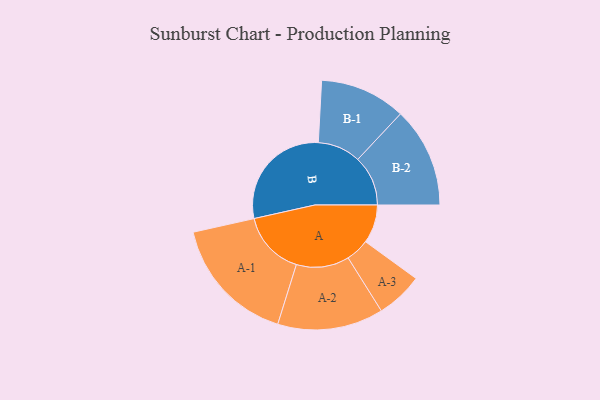
{"axis": {"x": "Segment", "y": "Value"}, "legend": ["", "A", "B"], "data": [{"x": "A", "y": 166, "type": ""}, {"x": "B", "y": 487, "type": ""}, {"x": "A-1", "y": 277, "type": "A"}, {"x": "A-2", "y": 228, "type": "A"}, {"x": "A-3", "y": 101, "type": "A"}, {"x": "B-1", "y": 185, "type": "B"}, {"x": "B-2", "y": 216, "type": "B"}]}